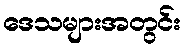
ဒေသများအတွင်း